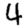
Digit: 4